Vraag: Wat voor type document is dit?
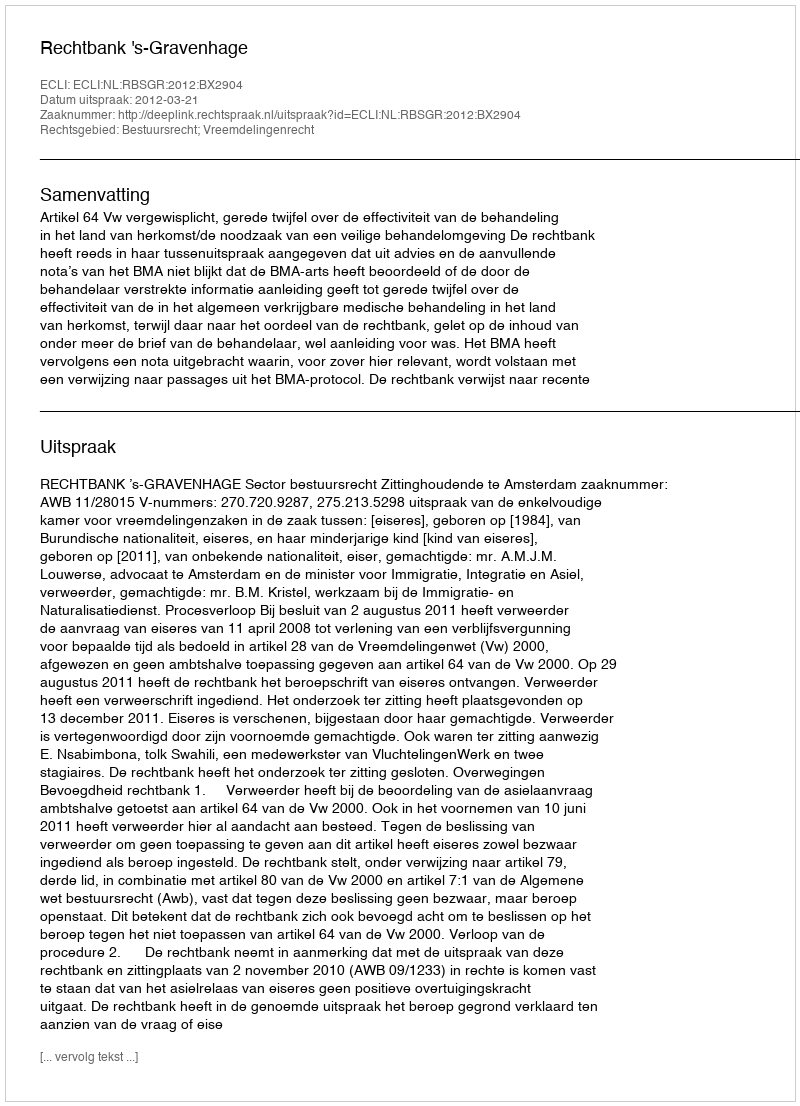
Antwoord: Uitspraak